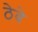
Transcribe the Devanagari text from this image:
ठेवे